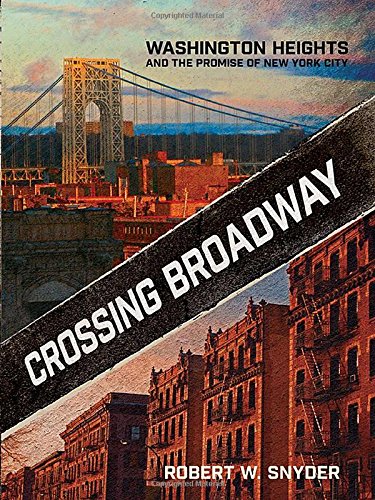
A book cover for Crossing Broadway: Washington Heights and the Promise of New York City; Robert W. Snyder; Politics & Social Sciences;